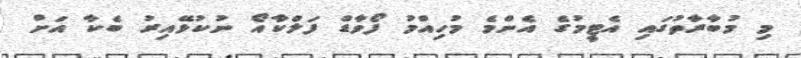
މި މުބާރާތުގައި އެޓީމުގެ އެންމެ މުހިއްމު ފޯވާޑް ފަލްކާއޯ ނުކުޅޭއިރު ބެކާ އަށް